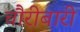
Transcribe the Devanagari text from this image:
चौरीबारी